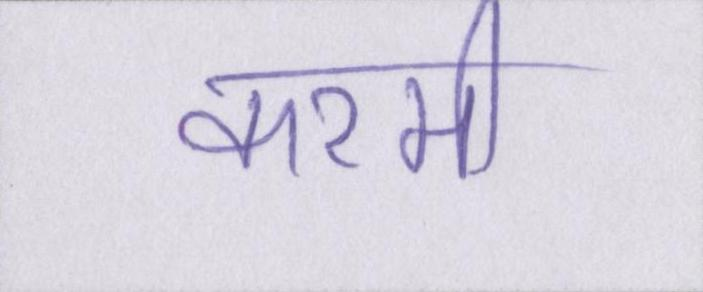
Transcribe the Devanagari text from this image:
करमी